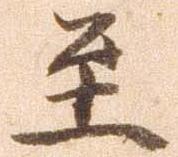
至